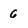
Character: 6